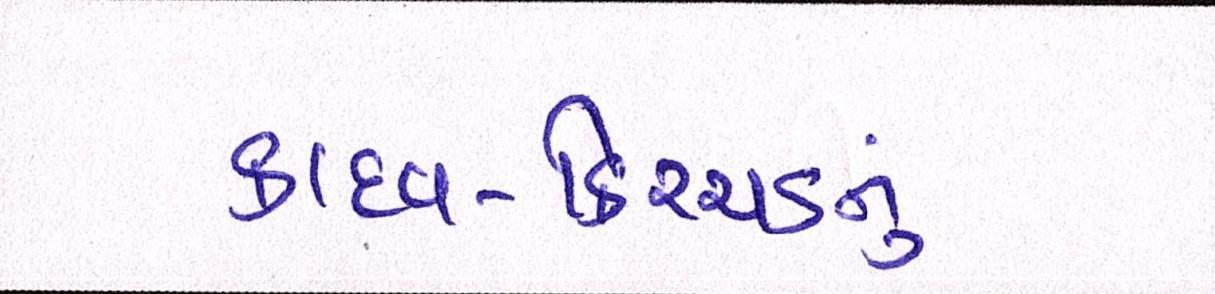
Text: કાદવ-કિચ્ચડનું